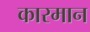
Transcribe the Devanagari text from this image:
कारमान